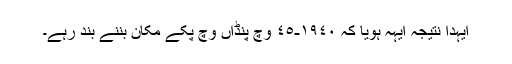
ایہدا نتیجہ ایہہ ہویا کہ ١٩٤٠-٤٥ وچ پنڈاں وچ پکے مکان بننے بند رہے۔